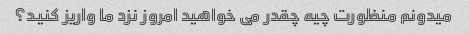
میدونم منظورت چیه چقدر می خواهید امروز نزد ما واریز کنید؟